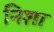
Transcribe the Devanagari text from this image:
निशा